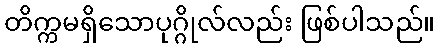
တိက္ကမရှိသောပုဂ္ဂိုလ်လည်း ဖြစ်ပါသည်။